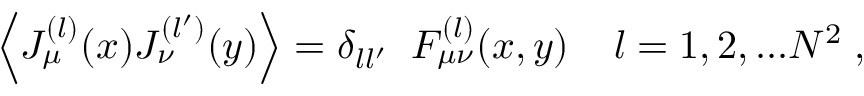
\Big \langle J _ { \mu } ^ { ( l ) } ( x ) J _ { \nu } ^ { ( l ^ { \prime } ) } ( y ) \Big \rangle = \delta _ { l l ^ { \prime } } \; \; { \cal F } _ { \mu \nu } ^ { ( l ) } ( x , y ) \; \; \; \; l = 1 , 2 , . . . N ^ { 2 } \; ,